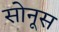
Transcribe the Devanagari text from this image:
सोनूस